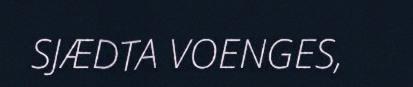
SJÆDTA VOENGES,